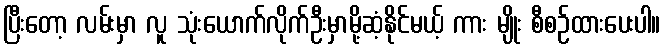
ပြီးတော့ လမ်းမှာ လူ သုံးယောက်လိုက်ဦးမှာမို့ဆံ့နိုင်မယ့် ကား မျိုး စီစဉ်ထားပေးပါ။